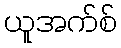
ယူအက်စ်